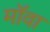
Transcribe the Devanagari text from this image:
मॉवा